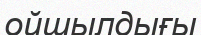
ойшылдығы